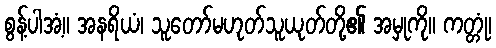
စွန့်ပါအံ့။ အနရိယံ၊ သူတော်မဟုတ်သူယုတ်တို့၏ အမှုကို။ ကတ္တုံ၊